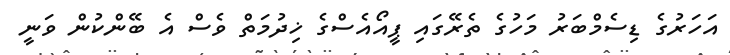
އަހަރުގެ ޑިސެމްބަރު މަހުގެ ތެރޭގައި ޕީއޯއެސްގެ ޚިދުމަތް ވެސް އެ ބޭންކުން ވަނީ